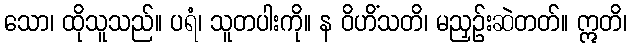
သော၊ ထိုသူသည်။ ပရံ၊ သူတပါးကို။ န ဝိဟိံသတိ၊ မညှဉ်းဆဲတတ်။ ဣတိ၊